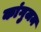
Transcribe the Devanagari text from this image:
कांगुजम